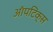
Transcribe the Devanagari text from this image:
ऑपटिक्स